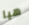
هيا